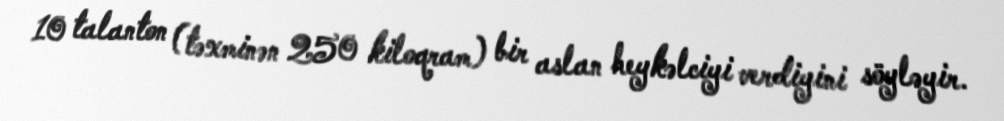
10 talanton (təxminən 250 kiloqram) bir aslan heykəlciyi verdiyini söyləyir.